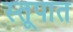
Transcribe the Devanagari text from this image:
स्तूपात